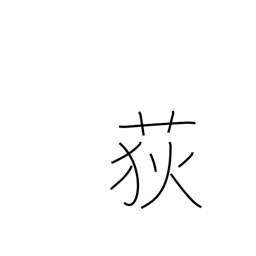
Meaning: rush